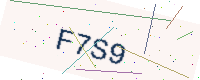
Text: F7S9